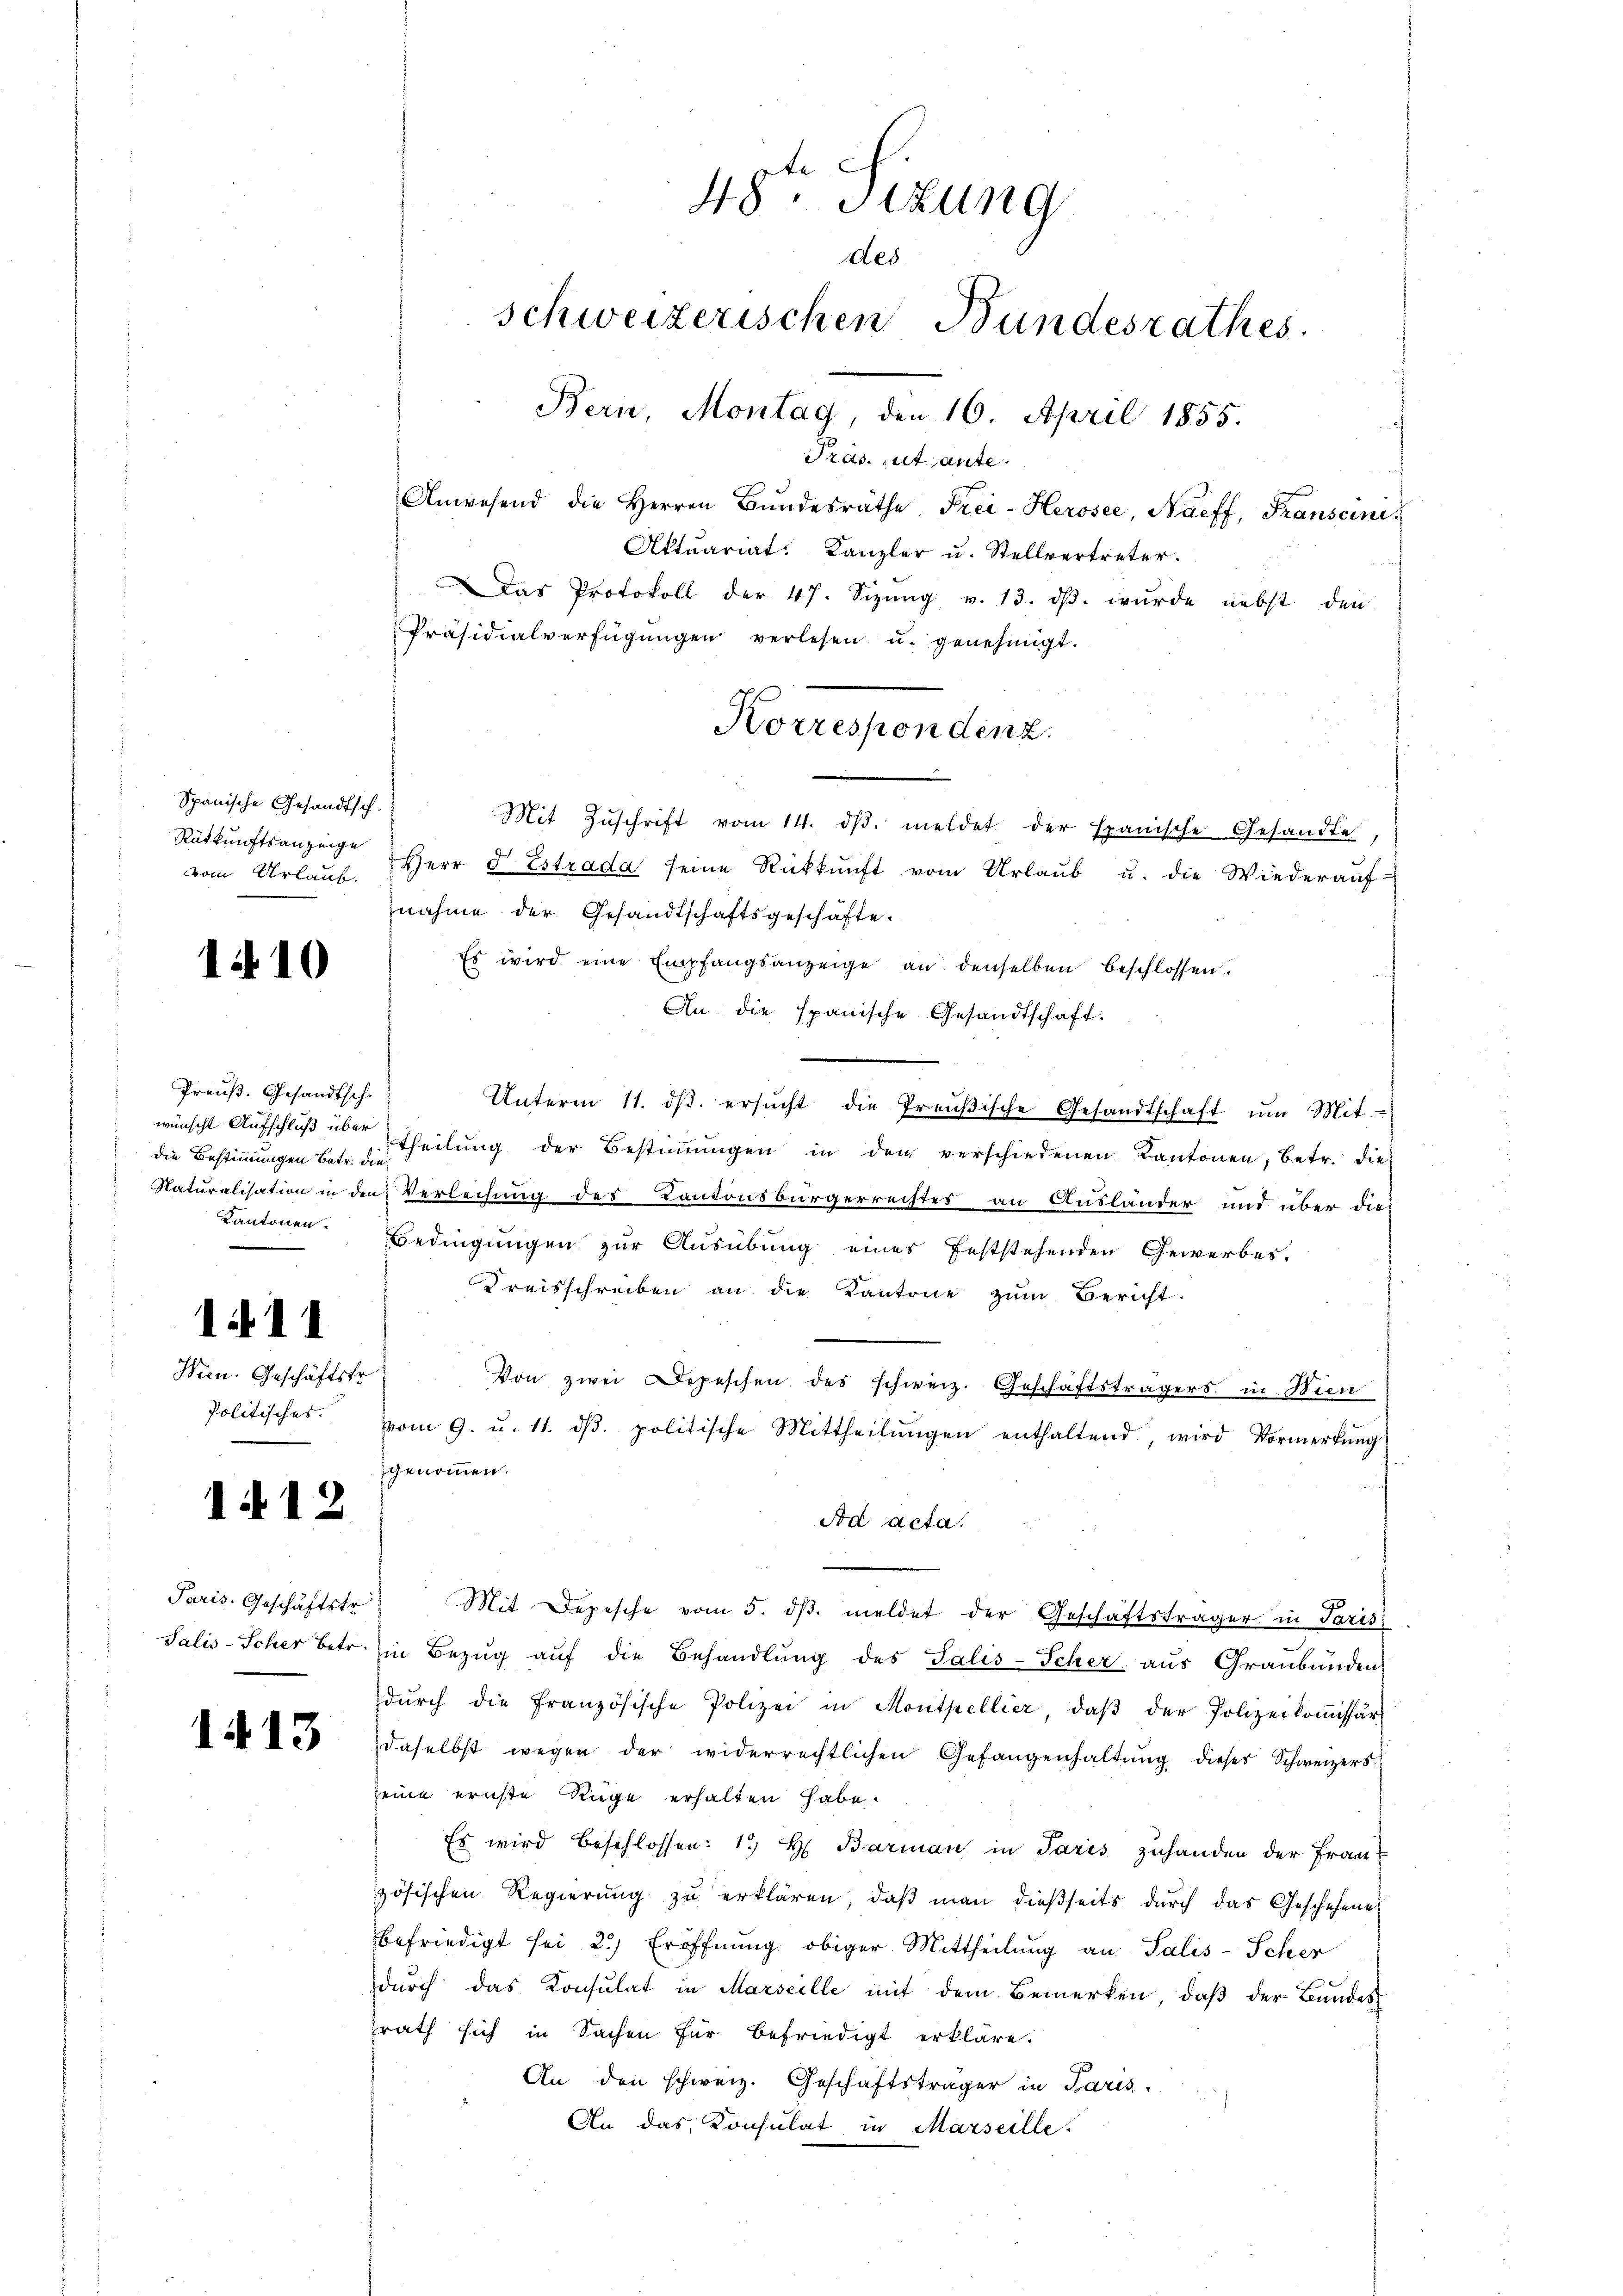
Spanische Gesandtsch.
vom Urlaub.

1410

Preuß. Gesandtsch.
wünscht Aufschluß über
die Bestimmungen Betr. die
Kantonen.

1411

Hern. Geschäftsfr.
Politisches.

1412

Salis-Scher betr.

1413

Präs. Rutante.
Aktuariat. Kanzler u. Stellvertreter.
Das Protokoll der 47. Sizŭng v. 13. dβ. wurde nebst den
Präsidialverfügŭngen verlesen u. genehmigt.
Mit Zŭschrift vom 14. dβ. meldet der spanische Gesandte,
Rütkŭnftsanzeige Herr d Estrada seine Rückkŭnft vom Urlaŭb u. die Wiederaŭf-
nahme der Gesandtschaftsgeschäfte.
Es wird eine Empfangsanzeige an denselben beschlossen.
An die spanische Gesandtschaft:
Unterm 11. dβ. ersŭcht die Preußische Gesandtschaft ŭm Mit-
theilung der Bestimmungen in den verschiedenen Kantonen, betr. die
Naturalisation in den Verleihung des Kantonsbürgerrechtes an Ausländer und über dies
Bedingungen zur Ausübung eines feststehenden Gewerbes¬
Kreisschreiben an die Kantone zŭm Bericht.
Von zwei Depeschen des schweiz. Geschäftsträgers in Wien
vom 9. u. 11. dβ. politische Mittheilŭngen enthaltend, wird Vormerkŭng
genommen.
Ad acta.
Paris. Geschäftstr. Mit Depesche vom 5. dβ. meldet der Geschäftsträger in Paris
in Bezŭg aŭf die Behandlŭng des Salis-Scher aŭs Graŭbŭnden
dŭrch die Französische Polizei in Montpellier, daβ der Polizeikoṁissär
daselbst wegen der widerrechtlichen Gefangenhaltŭng dieser Schweizers
seine ernste Rüge erhalten habe.
Es wird beschlossen: 1. H. Barman in Paris zuhanden der Frau-
zösischen Regierŭng zŭ erklären, daβ man dießseits durch das Geschehene
befriedigt sei 2.) Eröffnung obiger Mittheilung an Salis-Scher
durch das Konsulat in Marseille mit dem Bemerken, daß der Bundes
zrath sich in Sachen für befriedigt erkläre.
An den schweiz. Geschäftsträger in Paris
An das Konsulat in Marseille.

48ten Sizung
des
schweizerischen Bundesrathes
Bern, Montag, den 16. April 1855.

Anwesend die Herren Bŭndesräthe, Frei-Herosee, Naeff, Franscini

Korrespondenz.